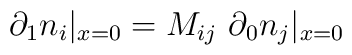
\partial_1 n_i|_{x=0} =  M_{ij} \,\, \partial_0 n_j |_{x=0}